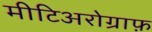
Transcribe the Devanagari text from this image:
मीटिअरोग्राफ़